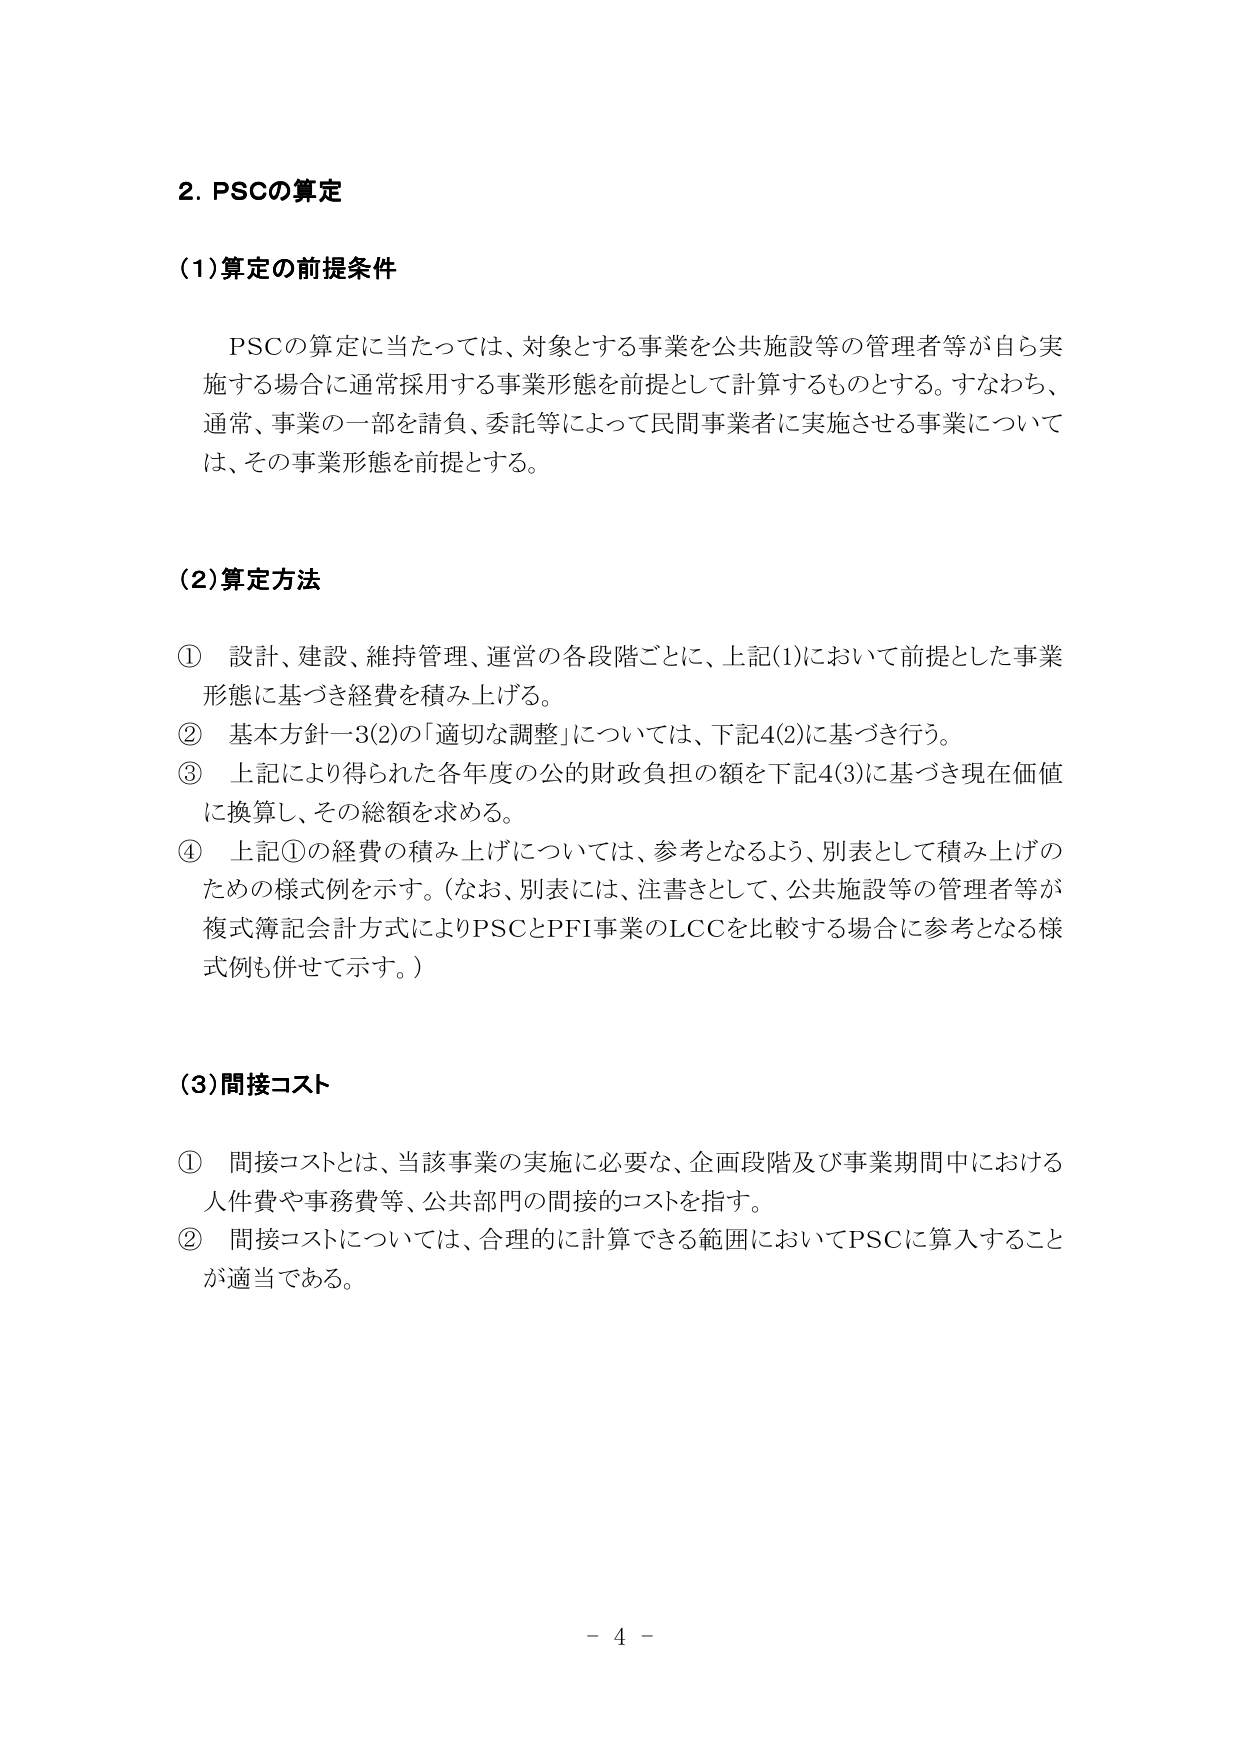
2. PSCの算定

(1)算定の前提条件

PSCの算定に当たっては、対象とする事業を公共施設等の管理者等が自ら実施する場合に通常採用する事業形態を前提として計算するものとする。すなわち、通常、事業の一部を請負、委託等によって民間事業者に実施させる事業については、その事業形態を前提とする。

(2)算定方法

① 設計、建設、維持管理、運営の各段階ごとに、上記(1)において前提とした事業形態に基づき経費を積み上げる。
② 基本方針一3(2)の「適切な調整」については、下記4(2)に基づき行う。
③ 上記により得られた各年度の公的財政負担の額を下記4(3)に基づき現在価値に換算し、その総額を求める。
④ 上記①の経費の積み上げについては、参考となるよう、別表として積み上げのための様式例を示す。(なお、別表には、注書きとして、公共施設等の管理者等が複式簿記会計方式によりPSCとPFI事業のLCCを比較する場合に参考となる様式例も併せて示す。)

(3)間接コスト

① 間接コストとは、当該事業の実施に必要な、企画段階及び事業期間中における人件費や事務費等、公共部門の間接的コストを指す。
② 間接コストについては、合理的に計算できる範囲においてPSCに算入することが適当である。

- 4 -